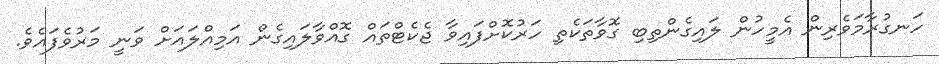
ހަނގުރާމަވެރިން އެމީހުން ލައިގެންތިބި ގޮވާތަކެތި ހަރުކޮށްފައިވާ ޖެކެޓްތައް ގޮއްވާލައިގެން އަމިއްލައަށް ވަނީ މަރުވެފައެވެ.